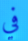
في